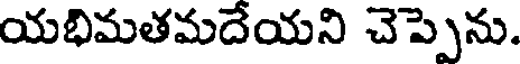
యభిమతమదేయని చెప్పెను.